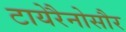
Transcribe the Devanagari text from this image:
टायेरैनोसौर